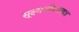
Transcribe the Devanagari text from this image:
सूक्ष्मजीवशास्त्रज्ञ